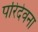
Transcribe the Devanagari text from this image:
परिदेवना